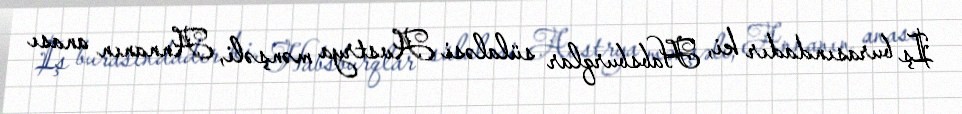
Iş burasındadır ki, Habsburqlar sülaləsi Avstrya mənşəli, Annanın anası